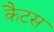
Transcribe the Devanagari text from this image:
कैटस